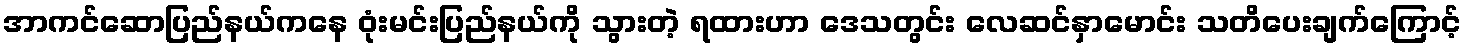
အာကင်ဆောပြည်နယ်ကနေ ဝုံးမင်းပြည်နယ်ကို သွားတဲ့ ရထားဟာ ဒေသတွင်း လေဆင်နှာမောင်း သတိပေးချက်ကြောင့်